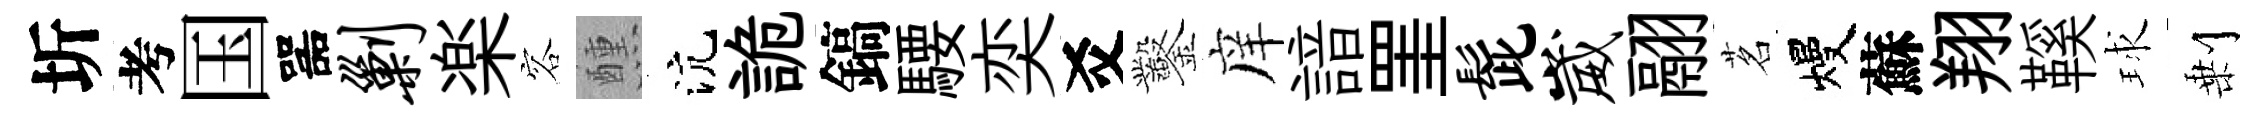
圻考国噐剿楽容醺沆詭鎬騕奕爻鑿庠諳罣髭崴翮茗熳蘇翔鞵球剰